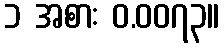
၁ အစား ဝ.၀၀၇၃။